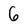
Character: G